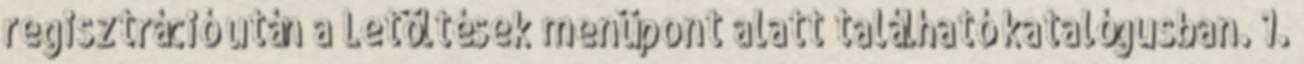
regisztráció után a Letöltések menüpont alatt található katalógusban. 1.